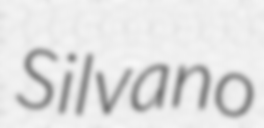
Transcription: Silvano